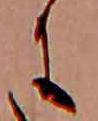
に